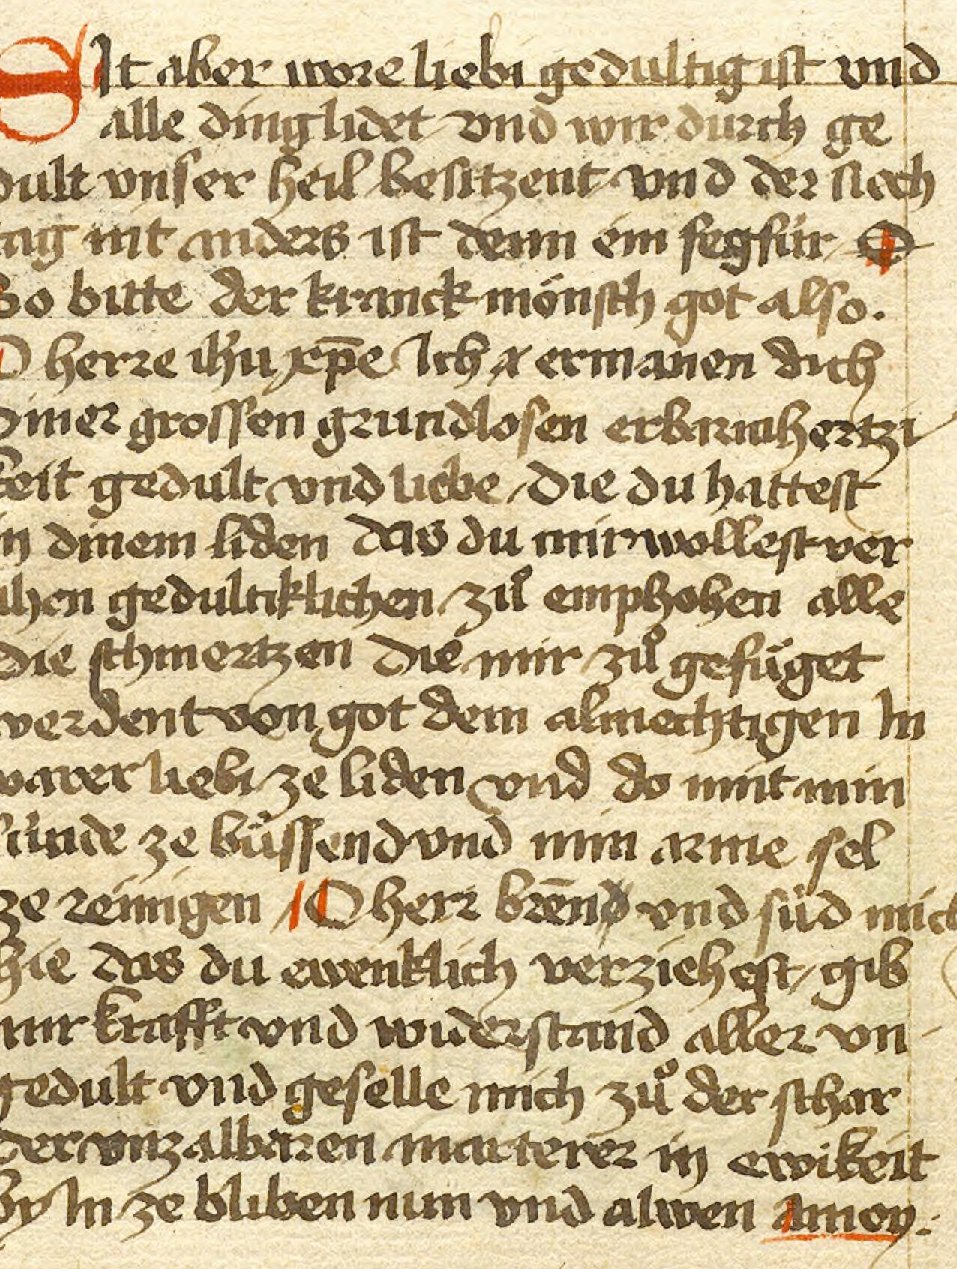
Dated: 1460–1490